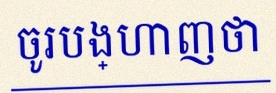
ចូរបង្ហាញថា